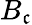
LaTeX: B_{\mathfrak{c}}